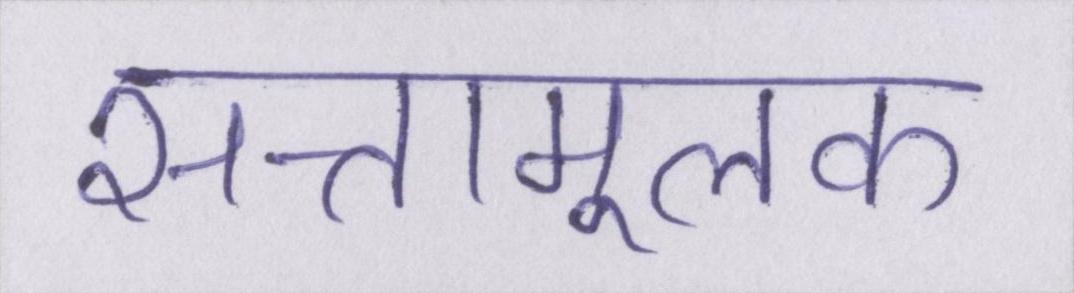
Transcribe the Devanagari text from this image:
सत्तामूलक